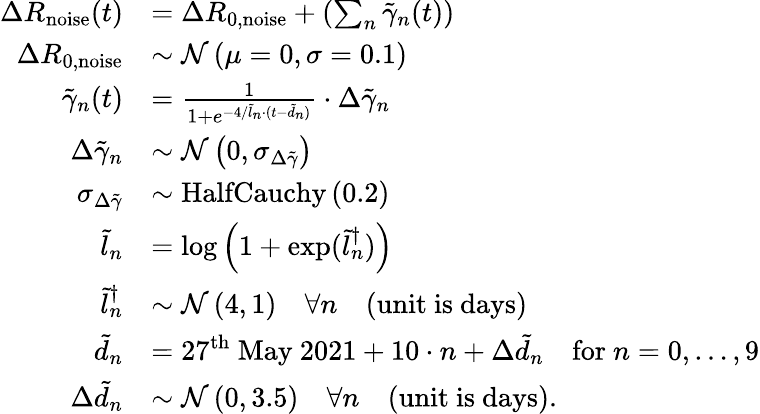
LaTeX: \begin{array}{rl}{\Delta R_{\mathrm{noise}}(t)}&{=\Delta R_{0,\mathrm{noise}}+\left(\sum_{n}\tilde{\gamma}_{n}(t)\right)}\\ {\Delta R_{0,\mathrm{noise}}}&{\sim\mathcal{N}\left(\mu=0,\sigma=0.1\right)}\\ {\tilde{\gamma}_{n}(t)}&{=\frac{1}{1+e^{-4/\tilde{l}_{n}\cdot(t-\tilde{d}_{n})}}\cdot\Delta\tilde{\gamma}_{n}}\\ {\Delta\tilde{\gamma}_{n}}&{\sim\mathcal{N}\left(0,\sigma_{\Delta\tilde{\gamma}}\right)}\\ {\sigma_{\Delta\tilde{\gamma}}}&{\sim\mathrm{HalfCauchy}\left(0.2\right)}\\ {\tilde{l}_{n}}&{=\log\left(1+\exp(\tilde{l}_{n}^{\dagger})\right)}\\ {\tilde{l}_{n}^{\dagger}}&{\sim\mathcal{N}\left(4,1\right)\quad\forall n\quad\mathrm{(unit~is~days)}}\\ {\tilde{d}_{n}}&{=27^{\mathrm{th}}\mathrm{~May~2021}+10\cdot n+\Delta\tilde{d}_{n}\quad\mathrm{for~}n={0,\dots,9}}\\ {\Delta\tilde{d}_{n}}&{\sim\mathcal{N}\left(0,3.5\right)\quad\forall n\quad\mathrm{(unit~is~days)}.}\end{array}